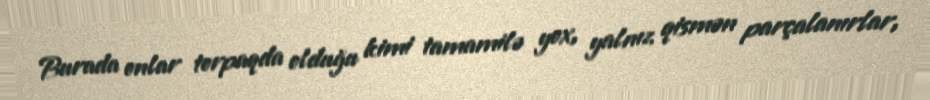
Burada onlar torpaqda olduğu kimi tamamilə yox, yalnız qismən parçalanırlar,